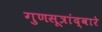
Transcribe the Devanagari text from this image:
गुणसूत्रांद्वारे